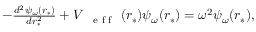
\begin{array} { r } { - \frac { d ^ { 2 } \psi _ { \omega } ( r _ { * } ) } { d r _ { * } ^ { 2 } } + V _ { \mathrm { ~ { ~ \scriptsize ~ e ~ f ~ f ~ } ~ } } ( r _ { * } ) \psi _ { \omega } ( r _ { * } ) = \omega ^ { 2 } \psi _ { \omega } ( r _ { * } ) , } \end{array}